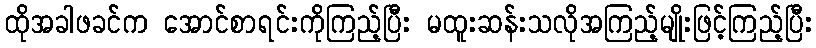
ထိုအခါဖခင်က အောင်စာရင်းကိုကြည့်ပြီး မထူးဆန်းသလိုအကြည့်မျိုးဖြင့်ကြည့်ပြီး